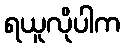
ရယူလိုပါက